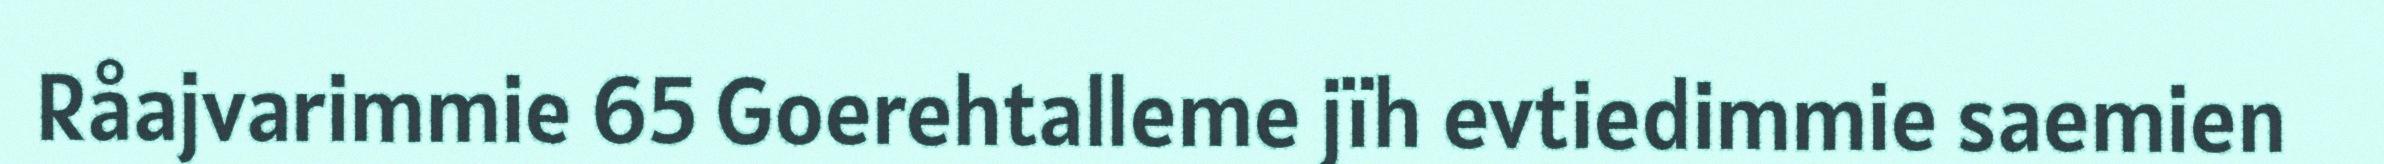
Råajvarimmie 65 Goerehtalleme jïh evtiedimmie saemien